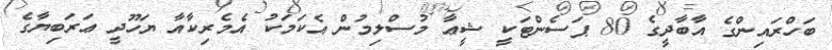
ބަހްރައިންގެ އާބާދީގެ 80 ޕަސެންޓަކީ ޝީޢާ މުސްލިމުން އެކަމަކު އެމެރިކާއާ ޔަހޫދީ ޢަރަބިޔާގެ